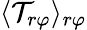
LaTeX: \langle\mathcal{T}_{r\varphi}\rangle_{r\varphi}